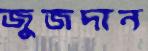
জুজদান